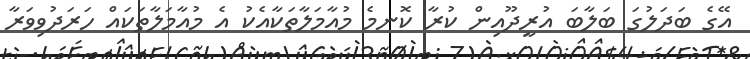
އޭގެ ބަދަލުގަ ބަލާބަ އުރީދޫއިން ކުރާ ކޮނމެ މުއާމަލާތަކާއެކު އެ މުއާމަލާތަކައް ހަރަދުވިވަރާ